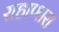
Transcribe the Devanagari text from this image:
राहाणारा